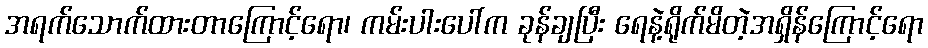
အရက်သောက်ထားတာကြောင့်ရော၊ ကမ်းပါးပေါ်က ခုန်ချပြီး ရေနဲ့ရိုက်မိတဲ့အရှိန်ကြောင့်ရော